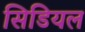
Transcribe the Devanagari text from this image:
सिडियल